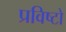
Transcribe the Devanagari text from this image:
प्रविष्टो